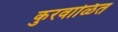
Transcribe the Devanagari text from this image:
कुरवाळित